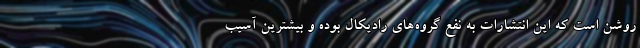
روشن است که این انتشارات به نفع گروه‌های رادیکال بوده و بیشترین آسیب